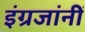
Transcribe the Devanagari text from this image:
इंग्रजांनीं